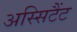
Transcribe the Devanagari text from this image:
अस्सिटैंट